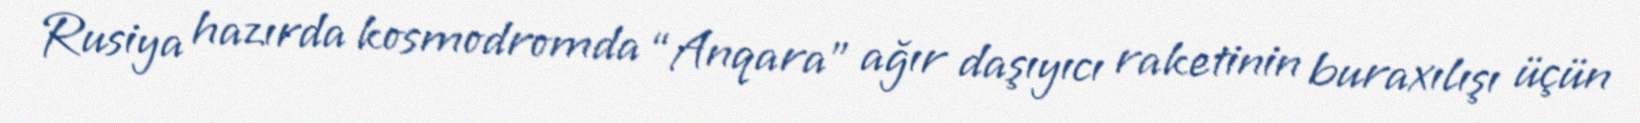
Rusiya hazırda kosmodromda “Anqara” ağır daşıyıcı raketinin buraxılışı üçün